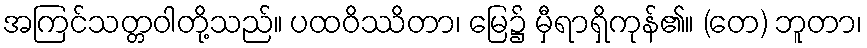
အကြင်သတ္တဝါတို့သည်။ ပထဝိဿိတာ၊ မြေ၌ မှီရာရှိကုန်၏။ (တေ) ဘူတာ၊